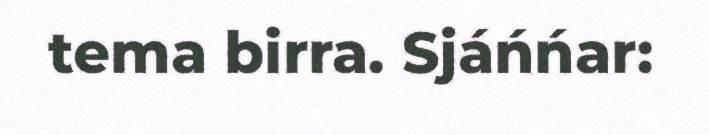
tema birra. Sjáńńar: